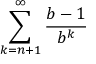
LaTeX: \sum _ { k = n + 1 } ^ { \infty } { \frac { b - 1 } { b ^ { k } } }